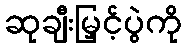
ဆုချီးမြှင့်ပွဲကို